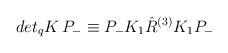
LaTeX: \begin{align*}det_qK \, P_- \equiv P_- K_1 \hat{R}^{(3)} K_1 P_-\end{align*}